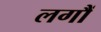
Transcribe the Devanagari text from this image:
लगौं